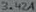
Text: 3.42A